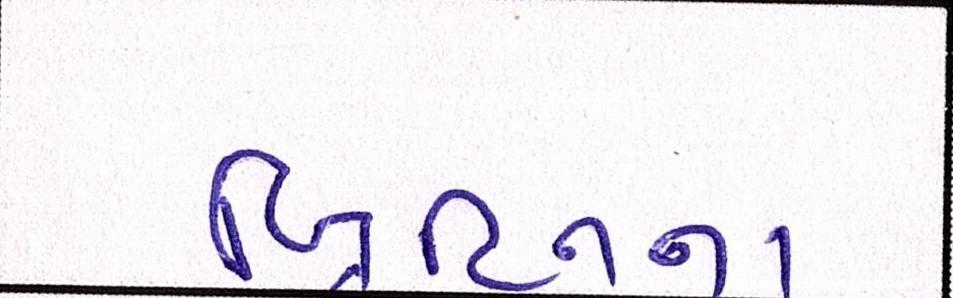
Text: બ્રિટિનના